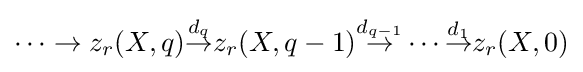
\cdots \to z_{r}(X,q){\overset {d_{q}}{\to }}z_{r}(X,q-1){\overset {d_{q-1}}{\to }}\cdots {\overset {d_{1}}{\to }}z_{r}(X,0)